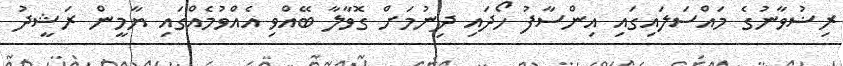
ރިޟުވާނުގެ މައްސަލައިގައި އިންސާފު ހޯދައި ދިނުމަށް ގޮވާލާ ބޭއްވި އެއްވުމެއްގައި ޔާމީން ރަޝީދު